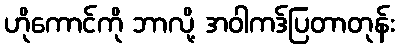
ဟိုကောင်ကို ဘာလို့ အဝါကဒ်ပြတာတုန်း